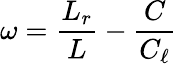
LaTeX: \omega={\frac{L_{r}}{L}}-{\frac{C}{C_{\ell}}}